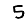
Digit: 5